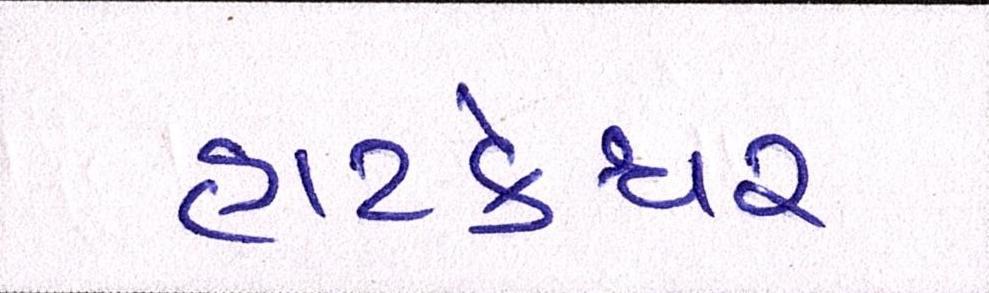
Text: હાટકેશ્વર